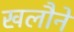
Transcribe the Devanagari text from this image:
खलौने